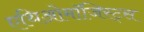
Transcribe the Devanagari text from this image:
एथिओमॉजिस्ट्स